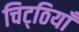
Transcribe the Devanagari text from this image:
चिट्‌ठियाँ